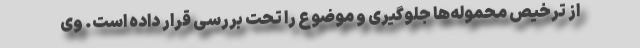
از ترخیص محموله‌ها جلوگیری و موضوع را تحت بررسی قرار داده است. وی